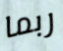
ربما